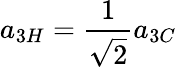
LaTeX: a_{3H}=\frac{1}{\sqrt{2}}a_{3C}